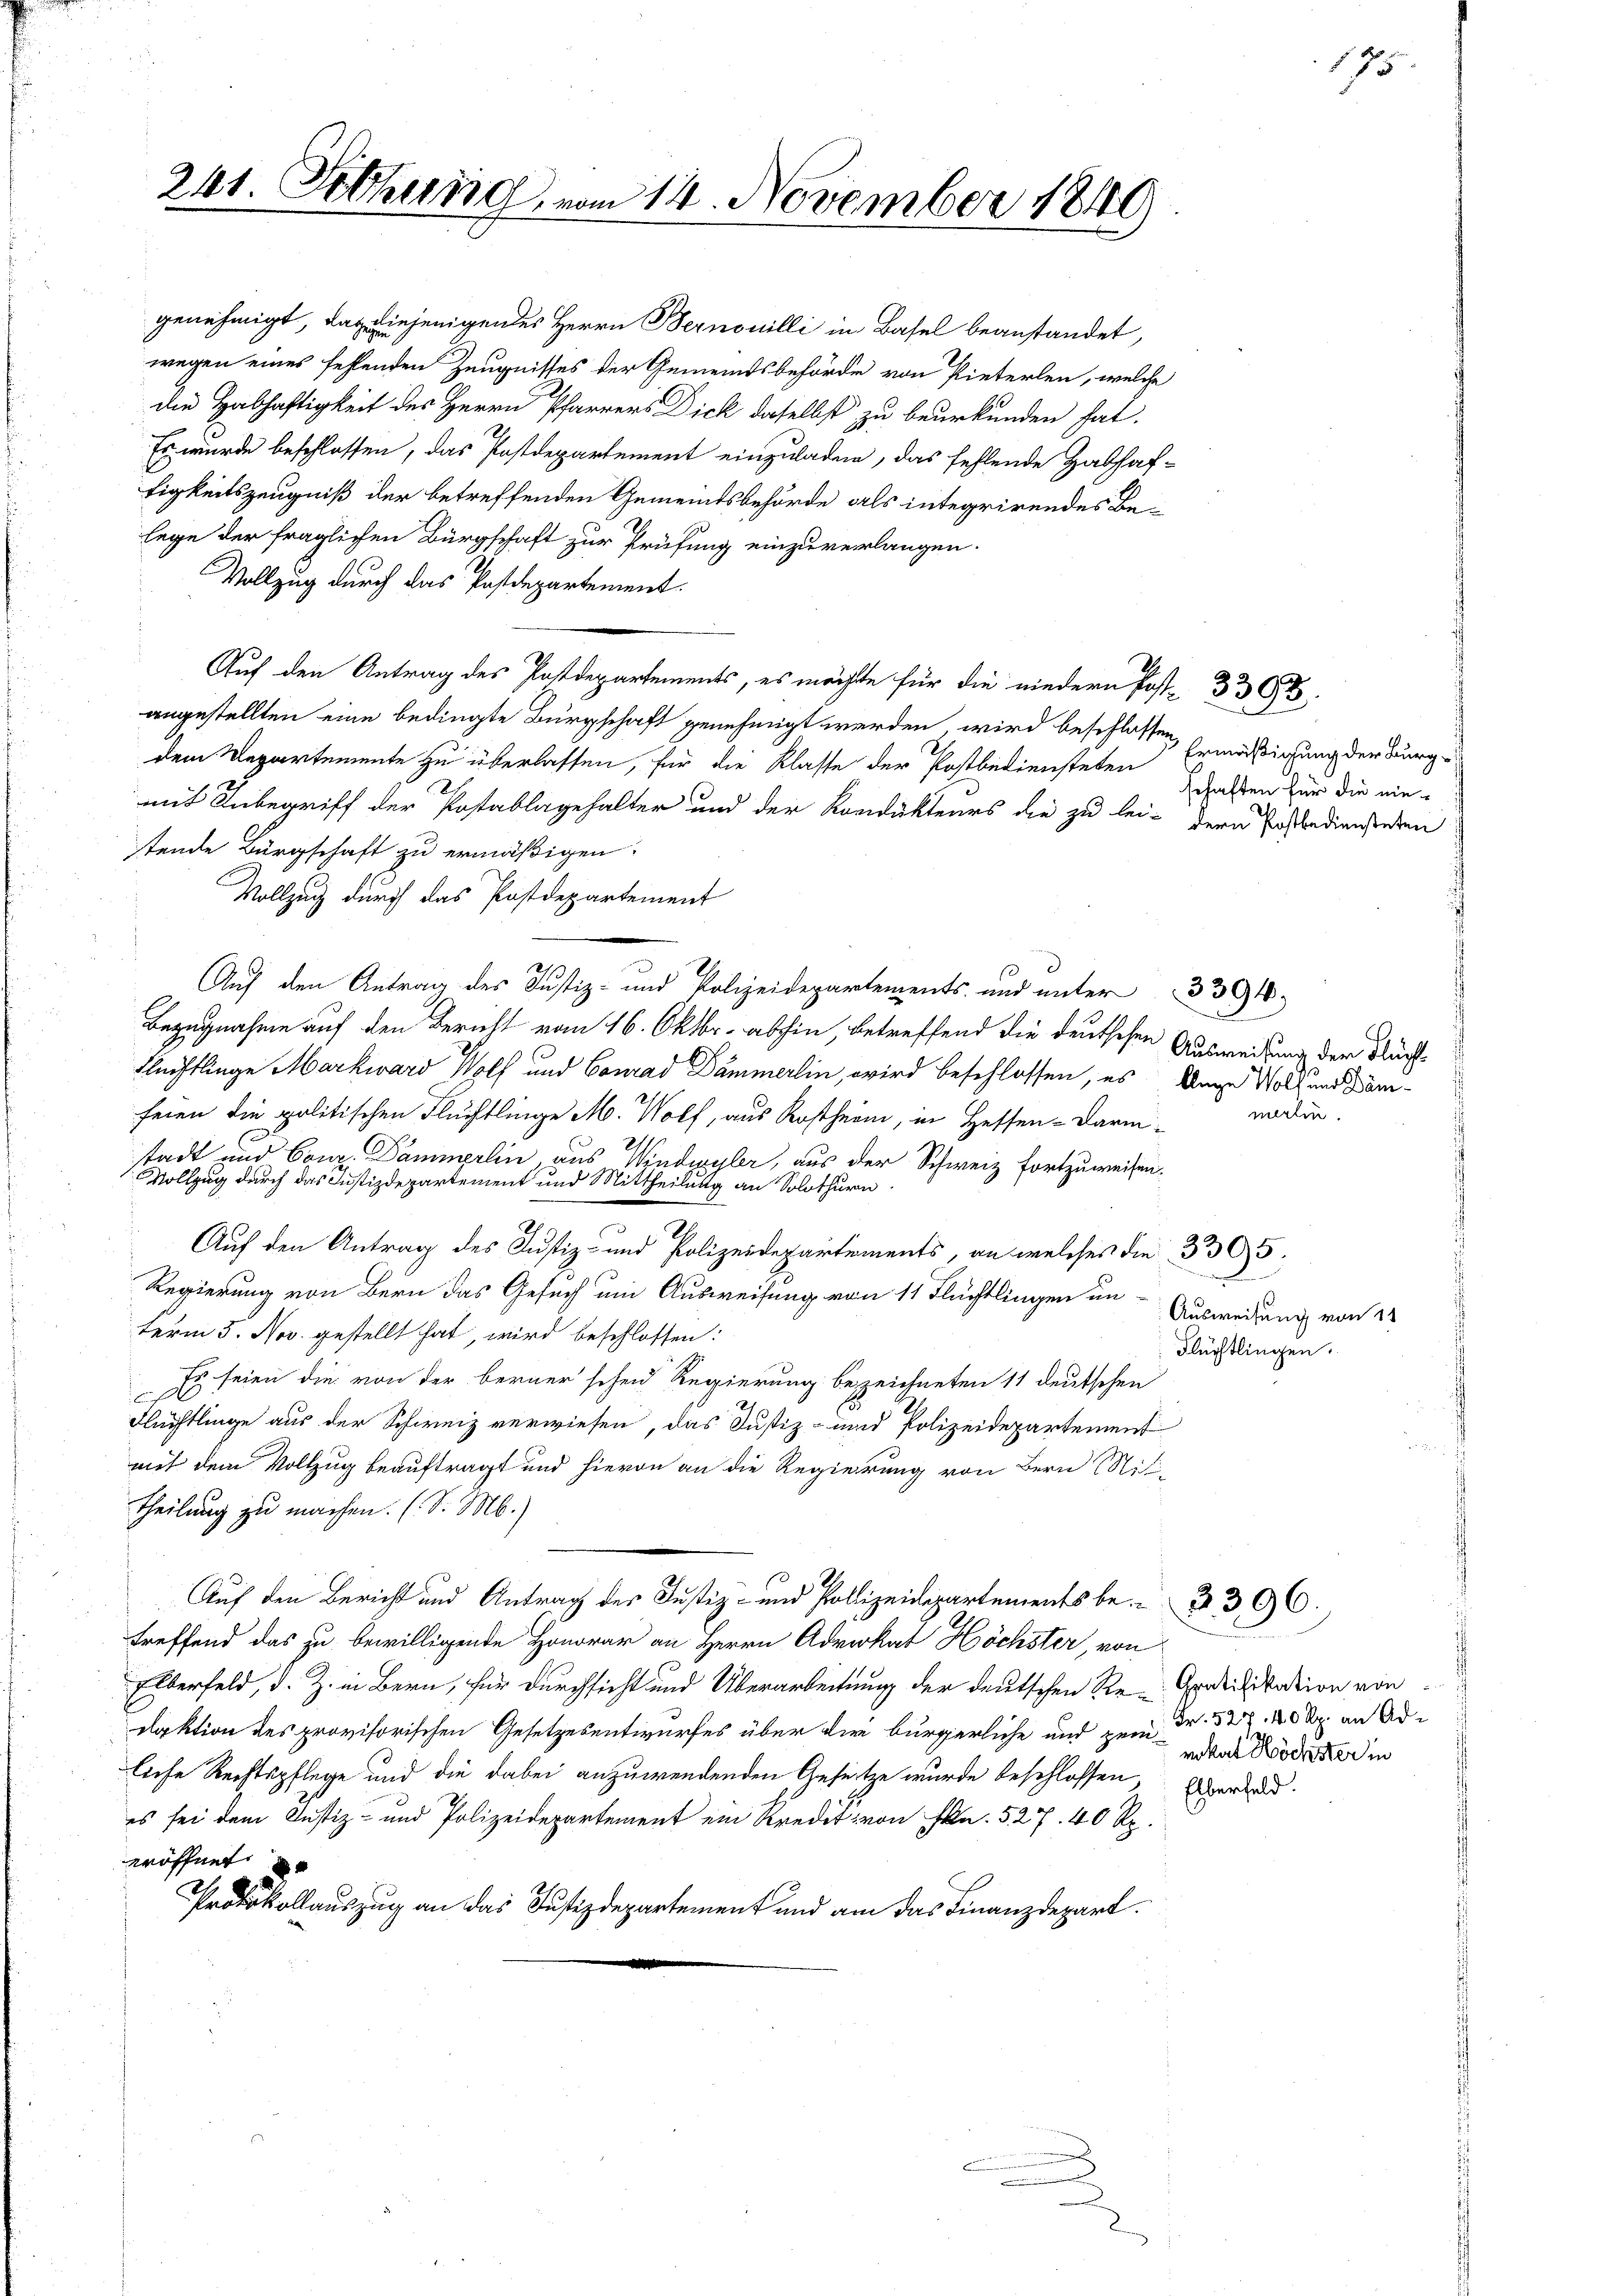
241. Setzung, vom 14. November 1849

genehmigt, daß diejenigendes Herrn Bernouilli in Basel beanstandet,
wegen eines fehlenden Zeugnisses der Gemeindsbehörde von Pinterlen, welche
die Habhaftigkeit des Herrn Pfarrers Dick daselbst zu beurkunden hat.
Es wurde beschlossen, das Postdepartement einzuladen, das fehlende Habhaf-
tigkeitszeugniß der betreffenden Gemeindsbehörde als integrirendes Belege der fraglichen Bürgschaft zur Prüfung einzuverlangen.
Vollzug durch das Pastdepartement.
Auf den Antrag des Postdepartements, es möchte für die niedern Post- 3368.
angestellten eine bedingte Bürgschaft genehmigt werden wird beschlossen Ermäßigung der Burg-
dem Departemente zu überlassen, für die Klasse der Postbediensteten
mit Inbegriff der Postablagehalter und der Kondukteurs die zu lei- dern Posbediensteten
stende Bürgschaft zu ermäßigen.
Vollzug durch das Postdepartement
Auf den Antrag des Justiz- und Polizeidepartements- und unter
Bezugnahme auf den Bericht vom 16. Oktbr. abhin, betreffend die deutschen Ausweisung der Flüch¬
Flechtlinge Markward Wolf und Conrad Dämmerlin, wird beschlossen, es ange Wolf und Kämfeien die politischen Flüchtlinge M. Wolf, aus Rostheim, in Heffen-Darm-
stadt und Conz. Dammerlin, aus Windwyler, aus der Schweiz fortzuweisen.
Vollzug durch das Justizdepartement und Mittheilung an Solothurn
Auf den Antrag des Justiz- und Polizeidepartements, an welches die 3 305.
Regierung von Bern das Gesuch um Ausweisung von 11 Flüchtlingen um Ausweisung von d
term 5. Nov. gestellt hat, wird beschlossen:
Es seien die von der berner schen Regierung bezeichneten 11 deutschen
Flüchtlinge aus der Schweiz verwiesen, das Justiz- und Polizeidepartement
mit dem Vollzug beauftragt und hievon an die Regierung von Bern Mit-
theilung zu machen. (S. M.)
Auf den Bericht und Antrag des Justiz- und Pollizeidepartements be- 3. 396.
treffend das zu bewilligende Honorar an Herrn Advokat Höchster, von
Eberfeld, d. Z. in Bern, für durchsicht und Überarbeitung der deutschen Re- Gratifikation von
daktion des provisorischen Gesetzesentwurfes über die bürgerliche und zum Fr. 327, 20 kr an Adliche Rechtspflege und die dabei anzuwendenden Gesetze wurde beschlossen, Obera
es sei dem Justiz- und Polizeidepartement ein Kredit von Frkn. 527. 40 Rp.
wöffnet
Protokollauszug an das Justizdepartement und am das Finanzdepart.

schaften für die nie¬

n
merten.

3394.

d
Flüchtlingen.

175

nokat Höchster in